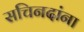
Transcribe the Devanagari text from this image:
सचिनदांना